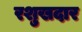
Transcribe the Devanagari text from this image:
रशुखदार